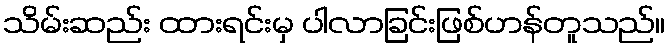
သိမ်းဆည်း ထားရင်းမှ ပါလာခြင်းဖြစ်ဟန်တူသည်။